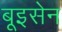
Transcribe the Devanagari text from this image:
बूइसेन